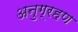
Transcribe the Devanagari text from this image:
अनुग्रहण